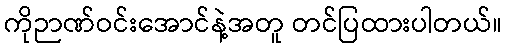
ကိုဉာဏ်ဝင်းအောင်နဲ့အတူ တင်ပြထားပါတယ်။